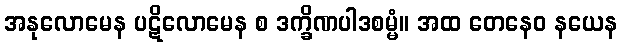
အနုလောမေန ပဋိလောမေန စ ဒက္ခိဏပါဒစမ္မံ။ အထ တေနေဝ နယေန